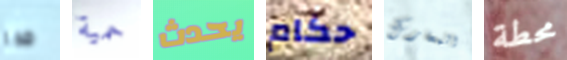
جدا حمية يحدث حكام المعارك محطة